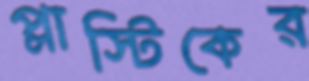
প্লাস্টিকের